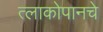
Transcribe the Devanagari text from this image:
त्लाकोपानचे